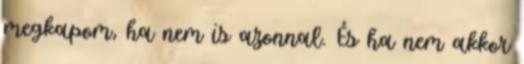
megkapom, ha nem is azonnal. És ha nem akkor